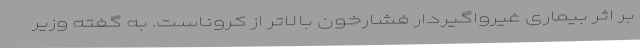
بر اثر بیماری غیرواگیردار فشارخون بالاتر از کروناست. به گفته وزیر